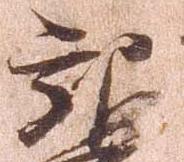
観